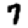
Digit: 7